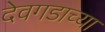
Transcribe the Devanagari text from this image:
देवगडाच्या